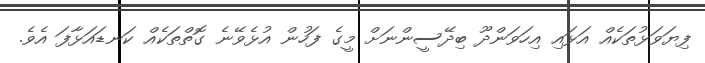
ފިޔަވަޅުތަކެއް އަޅައި އިހަވަންދޫ ބިދޭސީންނަށް މީގެ ފަހުން އުޅެވޭނެ ގޮތްތަކެއް ކަނޑައަޅާފަ އެވެ.